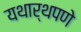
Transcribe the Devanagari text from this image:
यथार्थपणे